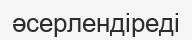
әсерлендіреді